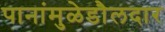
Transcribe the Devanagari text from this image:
पानांमुळेडौलदार